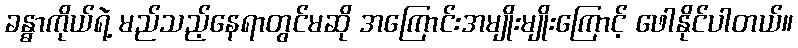
ခန္ဓာကိုယ်ရဲ့ မည်သည့်နေရာတွင်မဆို အကြောင်းအမျိုးမျိုးကြောင့် ဖေါနိုင်ပါတယ်။